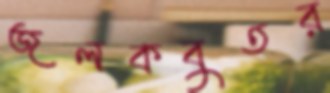
জলকবুতর